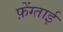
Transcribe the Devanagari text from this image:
फ़ेंग्ताई